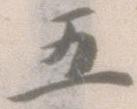
五